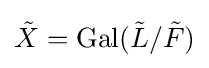
{\tilde {X}}=\operatorname {Gal} ({\tilde {L}}/{\tilde {F}})